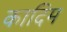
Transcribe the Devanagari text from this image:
कादिम